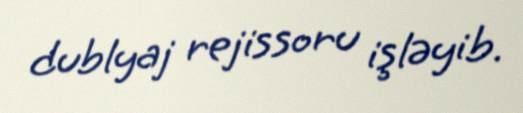
dublyaj rejissoru işləyib.